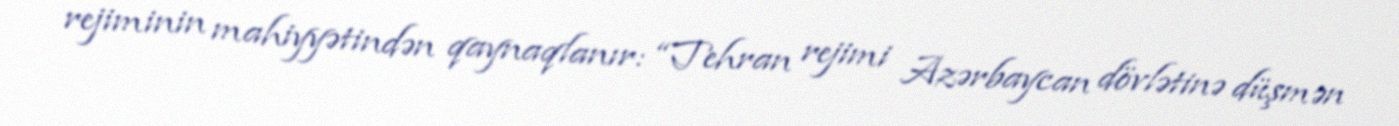
rejiminin mahiyyətindən qaynaqlanır: “Tehran rejimi Azərbaycan dövlətinə düşmən